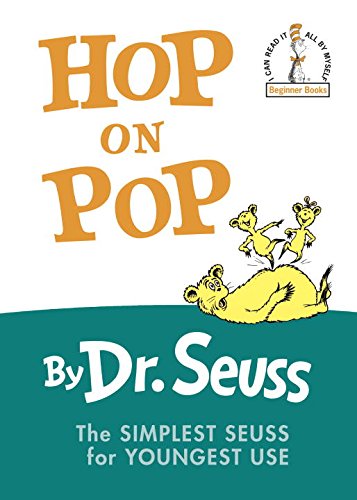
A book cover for Hop on Pop  (I Can Read It All By Myself); Dr. Seuss; Children's Books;